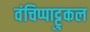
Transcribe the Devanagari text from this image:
वंचिप्पाट्टुकल